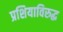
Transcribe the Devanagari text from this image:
प्रशियाविरुद्ध